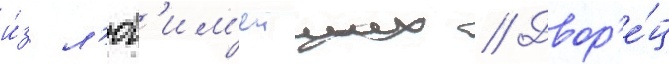
и́з л'юб'им'еиших // Двор'е́ц